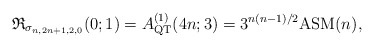
\begin{gather*} \mathfrak{R}_{\sigma_{n,2n+1,2,0}}(0;1)= A_{\rm QT}^{(1)}(4n;3) = 3^{n(n-1)/2} {\rm ASM}(n), \end{gather*}